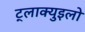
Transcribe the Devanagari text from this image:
ट्लाक्युइलो